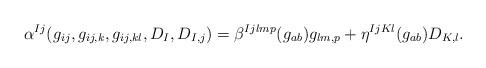
LaTeX: \begin{align*}\alpha^{Ij}(g_{ij},g_{ij,k},g_{ij,kl},D_I,D_{I,j})=\beta^{Ijlmp}(g_{ab})g_{lm,p}+\eta^{IjKl}(g_{ab})D_{K,l}.\end{align*}